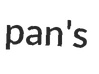
pan's